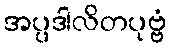
အပ္ပဒါလိတပုဗ္ဗံ